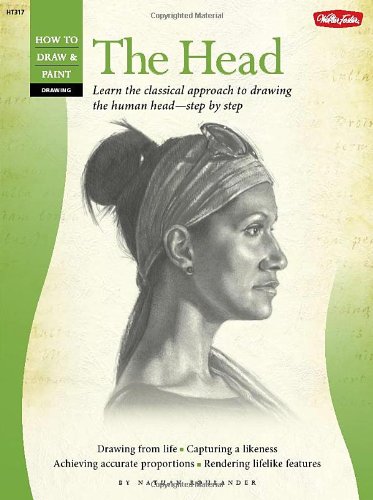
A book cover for Drawing: The Head (How to Draw & Paint); Nathan Rohlander; Arts & Photography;